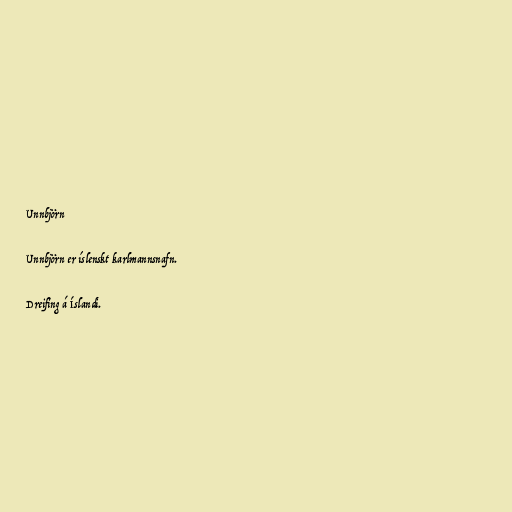
Unnbjörn

Unnbjörn er íslenskt karlmannsnafn.

Dreifing á Íslandi.